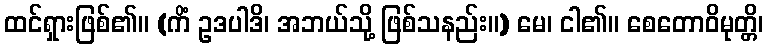
ထင်ရှားဖြစ်၏။ (ကိံ ဥဒပါဒိ၊ အဘယ်သို့ ဖြစ်သနည်း။) မေ၊ ငါ၏။ စေတောဝိမုတ္တိ၊